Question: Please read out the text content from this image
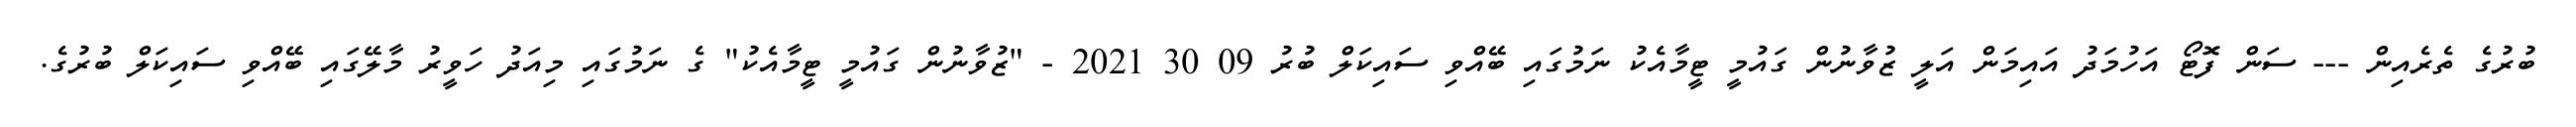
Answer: ބުރުގެ ތެރެއިން --- ސަން ފޮޓޯ އަހުމަދު އައިމަން އަލީ ޒުވާނުން ގައުމީ ޓީމާއެކު ނަމުގައި ބޭއްވި ސައިކަލް ބުރު 09 30 2021 - "ޒުވާނުން ގައުމީ ޓީމާއެކު" ގެ ނަމުގައި މިއަދު ހަވީރު މާލޭގައި ބޭއްވި ސައިކަލް ބުރުގެ.